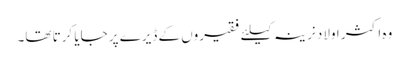
وہ اکثر اولاد نرینہ کیلئے فقیروں کے ڈیرے پر جایا کرتا تھا۔